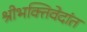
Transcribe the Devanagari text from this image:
श्रीभक्तिवेदांत